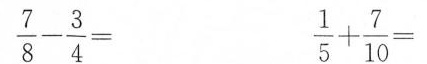
$$\frac{7}{8}- \frac{3}{4} = $$ $$ \frac{1}{5}+ \frac{7}{10} =